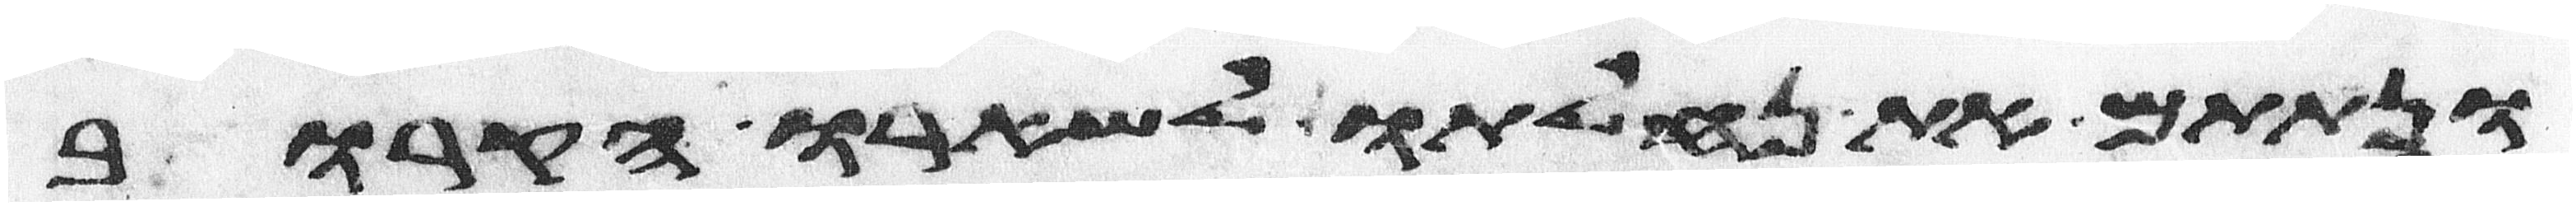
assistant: ונתתם את נחלתו לשארו הקרוב